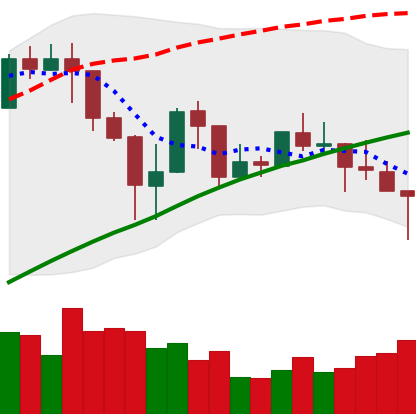
Ticker: LINK-USD
Chart end date: 2019-04-24
Forward return: -9.369%
Label: down_7plus